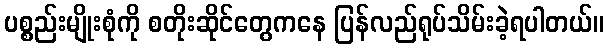
ပစ္စည်းမျိုးစုံကို စတိုးဆိုင်တွေကနေ ပြန်လည်ရုပ်သိမ်းခဲ့ရပါတယ်။